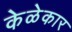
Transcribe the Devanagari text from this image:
केळेकार